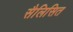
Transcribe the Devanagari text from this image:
सैलिसित